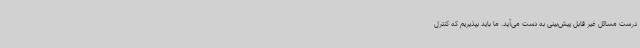
درست مسائل غیر قابل پیش‌بینی به دست می‌آید. ما باید بپذیریم که کنترل